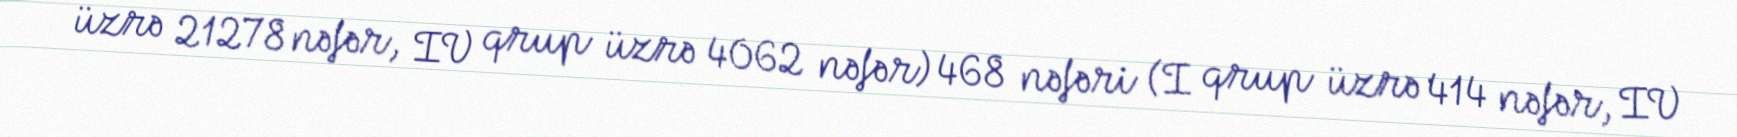
üzrə 21278 nəfər, IV qrup üzrə 4062 nəfər) 468 nəfəri (I qrup üzrə 414 nəfər, IV